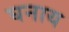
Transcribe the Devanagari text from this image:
घनाय